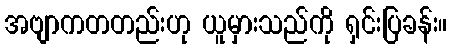
အဗျာကတတည်းဟု ယူမှားသည်ကို ရှင်းပြခန်း။